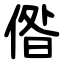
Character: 偺